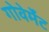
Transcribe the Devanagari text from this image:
गोवेर्मेंट